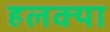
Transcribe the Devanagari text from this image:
हलक्‍या